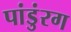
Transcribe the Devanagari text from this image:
पांडुंरग